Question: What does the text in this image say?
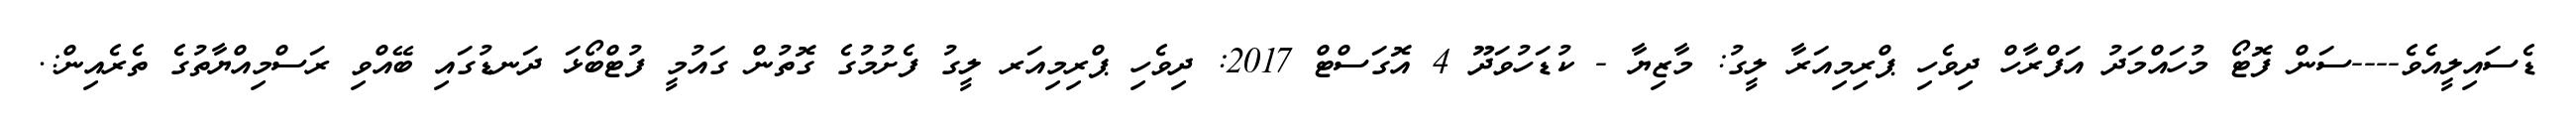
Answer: ޑެސައިލީއެވެ----ސަން ފޮޓޯ މުހައްމަދު އަފްރާހް ދިވެހި ޕްރިމިއަރާ ލީގު: މާޒިޔާ - ކުޑަހުވަދޫ 4 އޮގަސްޓް 2017: ދިވެހި ޕްރިމިއަރ ލީގު ފެށުމުގެ ގޮތުން ގައުމީ ފުޓްބޯޅަ ދަނޑުގައި ބޭއްވި ރަސްމިއްޔާތުގެ ތެރެއިން:.